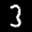
Label: 3